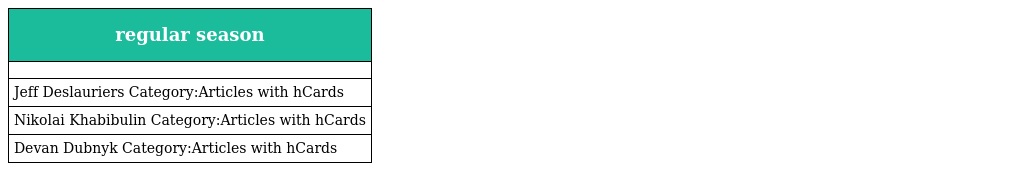
| regular season |
 | --- |
 |  |
 | Jeff Deslauriers Category:Articles with hCards |
 | Nikolai Khabibulin Category:Articles with hCards |
 | Devan Dubnyk Category:Articles with hCards |